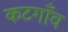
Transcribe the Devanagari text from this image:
कटगाँव